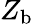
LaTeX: Z_{\mathrm{{b}}}